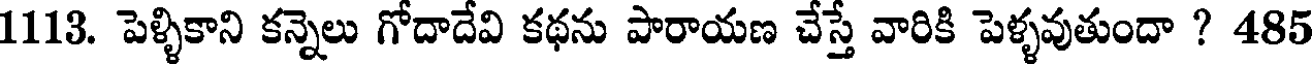
1113. పెళ్ళికాని కన్నెలు గోదాదేవి కథను పారాయణ చేస్తే వారికి పెళ్ళవుతుందా ? 485